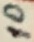
Text: 10